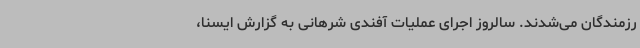
رزمندگان می‌شدند. سالروز اجرای عملیات آفندی شرهانی به گزارش ایسنا،